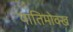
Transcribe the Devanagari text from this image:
यातिमोक्ख